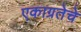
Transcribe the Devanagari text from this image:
एकाग्रतेचे